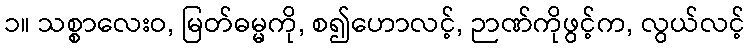
၁။ သစ္စာလေးဝ, မြတ်ဓမ္မကို, စ၍ဟောလင့်, ဉာဏ်ကိုဖွင့်က, လွယ်လင့်